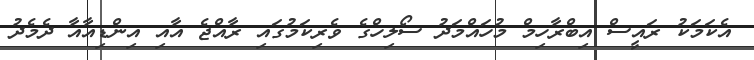
އެކަމަކު ރައީސް އިބްރާހިމް މުހައްމަދު ސޯލިހްގެ ވެރިކަމުގައި ރާއްޖެ އާއި އިންޑިއާއާ ދެމެދު